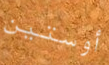
أوستين